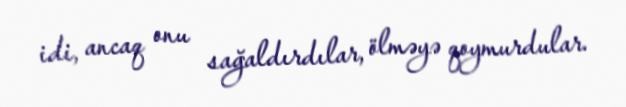
idi, ancaq onu sağaldırdılar, ölməyə qoymurdular.